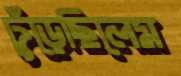
ঢুঁড়েছিলেম